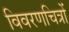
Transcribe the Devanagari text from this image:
विवरणचित्रों